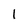
Character: 1